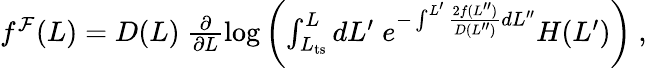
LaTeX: \begin{array}{r}{f^{\mathcal{F}}(L)=D(L)\ \frac{\partial}{\partial L}\log\left(\int_{L_{\mathrm{ts}}}^{L}dL^{\prime}\; e^{-\int^{L^{\prime}}\frac{2f(L^{\prime\prime})}{D(L^{\prime\prime})}dL^{\prime\prime}}H(L^{\prime})\right)\ ,}\end{array}